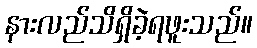
နားလည်သိရှိခဲ့ရဖူးသည်။